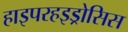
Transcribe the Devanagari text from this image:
हाइपरहइड्रोसिस